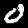
Digit: 0